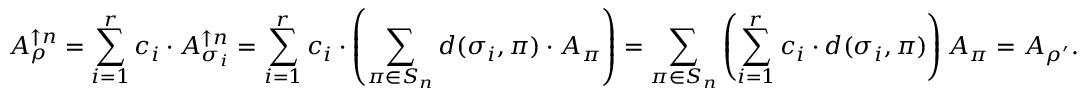
A _ { \rho } ^ { \uparrow n } = \sum _ { i = 1 } ^ { r } c _ { i } \cdot A _ { \sigma _ { i } } ^ { \uparrow n } = \sum _ { i = 1 } ^ { r } c _ { i } \cdot \left( \sum _ { \pi \in S _ { n } } d ( \sigma _ { i } , \pi ) \cdot A _ { \pi } \right) = \sum _ { \pi \in S _ { n } } \left( \sum _ { i = 1 } ^ { r } c _ { i } \cdot d ( \sigma _ { i } , \pi ) \right) A _ { \pi } = A _ { \rho ^ { \prime } } .